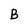
Character: B